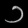
Digit: ၁